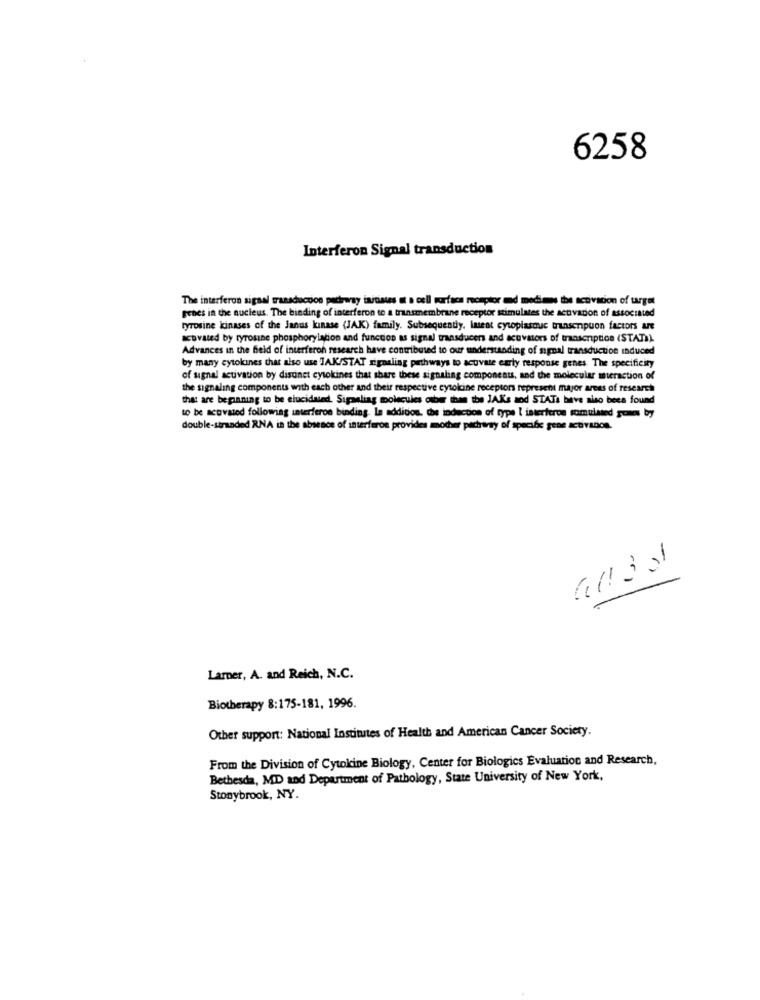
6258
Interferon Signal transduction
The interferon signal transducoon pedreray inicistes ut o cell surface romptor mod modismus the activation of target
genes in the nucleus. The binding of interferon to a transmembrane receptor stimulates the activation of associated
tyrosine kinases of the Janus kinase (JAK) family. Subsequently, lasest cytoplasmic transenpuon factors Are
acovated by tyrosine phosphorylation and function as signal transducers and acuvators of transcription (STATE)
Advances in the field of interferon research have contributed to our understanding of signal transduction induced
by many cytokines that also use JAK/STAT signaling pathways to activate early response genes. The specificity
of signal activation by distinct cytokines that share these signaling components, and the molecular interaction of
the signaling components with each other and their respective cytokine receptors represent major areas of research
that are beginning to be elucidated. Sigaaliag molecules other than the JAKs and STATs have aiso beca found
to be acovated following interferon binding. la addition. due induction of type I interferon somulated pones by
double-stranded RNA in the absence of interferon provides mother pacharty of specific gene activados.
Lamer, A. and Reich, N.C.
Biotherapy 8:175-181, 1996.
Other support: National Institutes of Health and American Cancer Society.
From the Division of Cytokine Biology, Center for Biologics Evaluation and Research,
Bethesda, MD and Department of Pathology, State University of New York,
Stonybrook, NY.